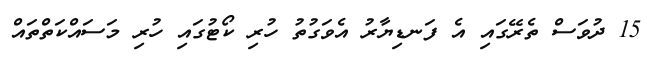
15 ދުވަސް ތެރޭގައި އެ ފަނޑިޔާރު އެވަގުތު ހުރި ކޯޓުގައި ހުރި މަސައްކަތްތައް